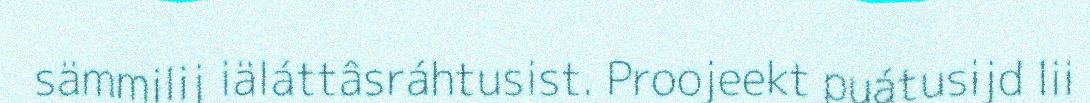
sämmilij iäláttâsráhtusist. Proojeekt puátusijd lii